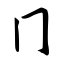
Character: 冂